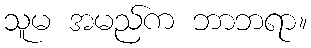
သူမ အမည်က ဘာဘရာ။